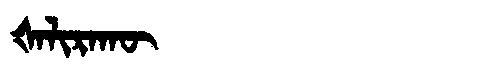
Manchu: ᡧᠠᠯᡳᡵᠠᡴᡡ
Romanization: ŠALIRAKŪ